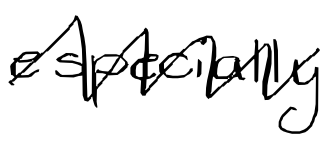
Text: especially
Cross-out: zig-zag
Writing tool: digital_black